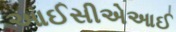
આઈસીએઆઈ